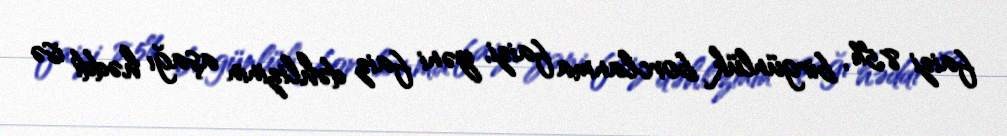
faizi 8,5%, birgünlük borclanma faizi, yəni faiz dəhlizinin aşağı həddi isə